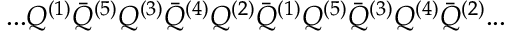
. . . Q ^ { ( 1 ) } { \bar { Q } } ^ { ( 5 ) } Q ^ { ( 3 ) } { \bar { Q } } ^ { ( 4 ) } Q ^ { ( 2 ) } { \bar { Q } } ^ { ( 1 ) } Q ^ { ( 5 ) } { \bar { Q } } ^ { ( 3 ) } Q ^ { ( 4 ) } { \bar { Q } } ^ { ( 2 ) } . . .